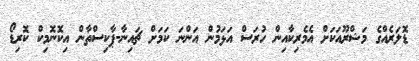
ޑޮލަރެއްގެ މަޝްރޫއަކަށް އެމެރިކާއިން ހުރަސް އަޅަމުން އަންނަ ކަމަށް ޗައިނާ-ޕާކިސްތާން އިކޮނޮމިކް ކޮރިޑޯ